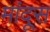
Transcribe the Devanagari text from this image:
मांदूस